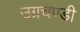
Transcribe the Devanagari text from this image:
उग्रचण्डी